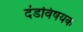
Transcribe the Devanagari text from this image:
दंडविषयक